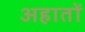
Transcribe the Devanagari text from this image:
अहातों